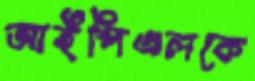
আইপিএলকে